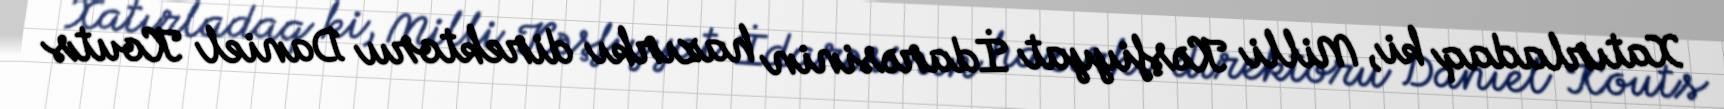
Xatırladaq ki, Milli Kəşfiyyat İdarəsinin hazırkı direktoru Daniel Kouts